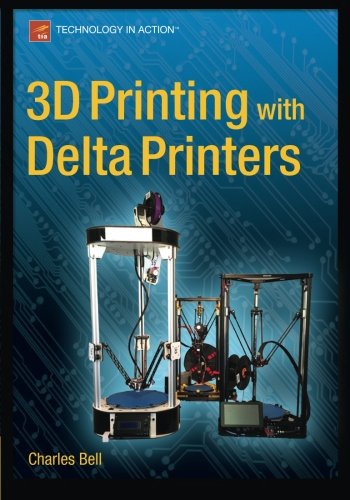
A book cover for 3D Printing with Delta Printers; Charles Bell; Computers & Technology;